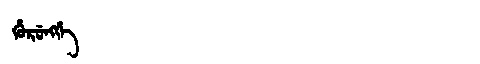
Manchu: ᡥᡠᡵᡠᠩᡤᡝ
Romanization: HURUNGGE